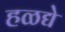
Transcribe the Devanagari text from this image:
हळद्ये